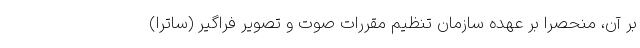
بر آن، منحصراً بر عهده سازمان تنظیم مقررات صوت و تصویر فراگیر (ساترا)